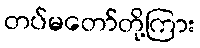
တပ်မတော်တို့ကြား